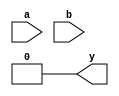
module nand_gate(a,b,y);
input a,b;
output y;
reg y;
always@(a,b)
begin
if(a==1&&b==1)
y=0;
else
y=0;
end
endmodule

module testbench();
reg a,b;
wire y;
nand_gate sa(a,b,y);
initial
begin
a=0; b=0;
#5 a=0; b=1;
#5 a=1; b=0;
#5 a=1; b=1;
#5 $finish;
end
endmodule